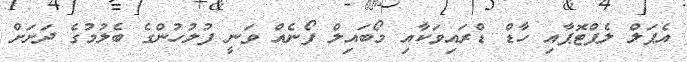
އެޕަލް ލެޕްޓޮޕާއި ހާޑް ޑްރައިވަކާއި މޯބައިލް ފޯނެއް ވަނީ ފުލުހުންގެ ބެލުމުގެ ދަށަށް